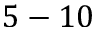
5 - 1 0